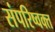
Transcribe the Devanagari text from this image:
संपरिष्वक्त